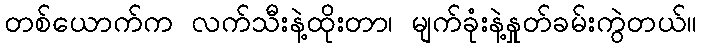
တစ်ယောက်က လက်သီးနဲ့ထိုးတာ၊ မျက်ခုံးနဲ့နှုတ်ခမ်းကွဲတယ်။